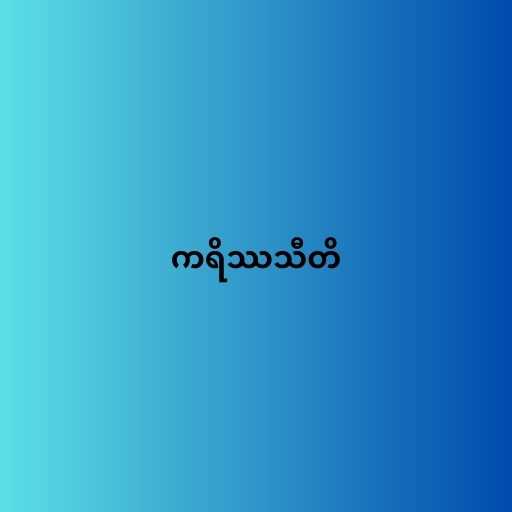
ကရိဿသီတိ